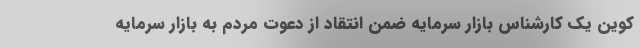
کوین یک کارشناس بازار سرمایه ضمن انتقاد از دعوت مردم به بازار سرمایه